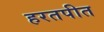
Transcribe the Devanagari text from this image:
हरतपीत